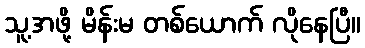
သူ့အဖို့ မိန်းမ တစ်ယောက် လိုနေပြီ။